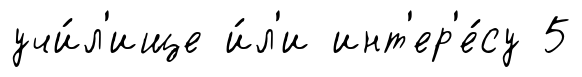
учи́л'ище и́л'и инт'ер'е́су 5